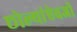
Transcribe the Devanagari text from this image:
छोल्यांऐवजी